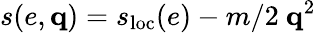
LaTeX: s(e,\mathbf q)=s_{\textrm{loc}}(e)-m/2\ \mathbf q^{2}